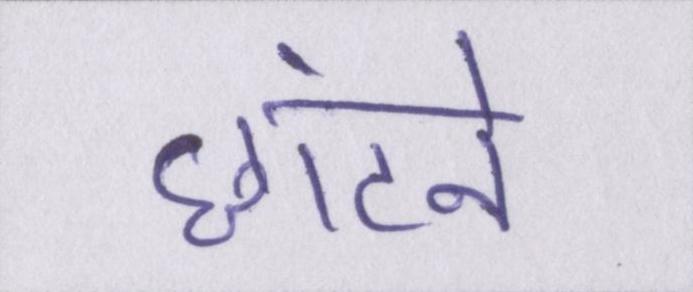
छांटने